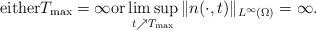
LaTeX: \begin{align*}\mbox{either}T_{\rm max}=\infty\mbox{or}\limsup_{t\nearrow T_{\rm max}}\|n(\cdot,t)\|_{L^{\infty}(\Omega)}=\infty.\end{align*}